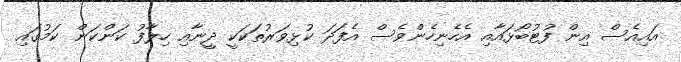
އައިއެސް އިން ފުޓުބޯޅައާއި އެހެނިހެންވެސް އެފަދަ ކުޅިވަރުތަކަކީ ދީނާއި ހިލާފު ކަންކަން ކަމުގައި